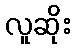
လူဆိုး